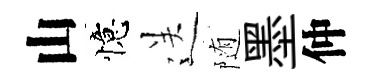
山憶送随墨仲